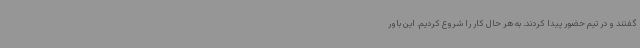
گفتند و در تیم حضور پیدا کردند. به هر حال کار را شروع کردیم. این باور